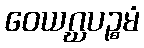
ဝေယဂ္ဃပဉ္စမံ